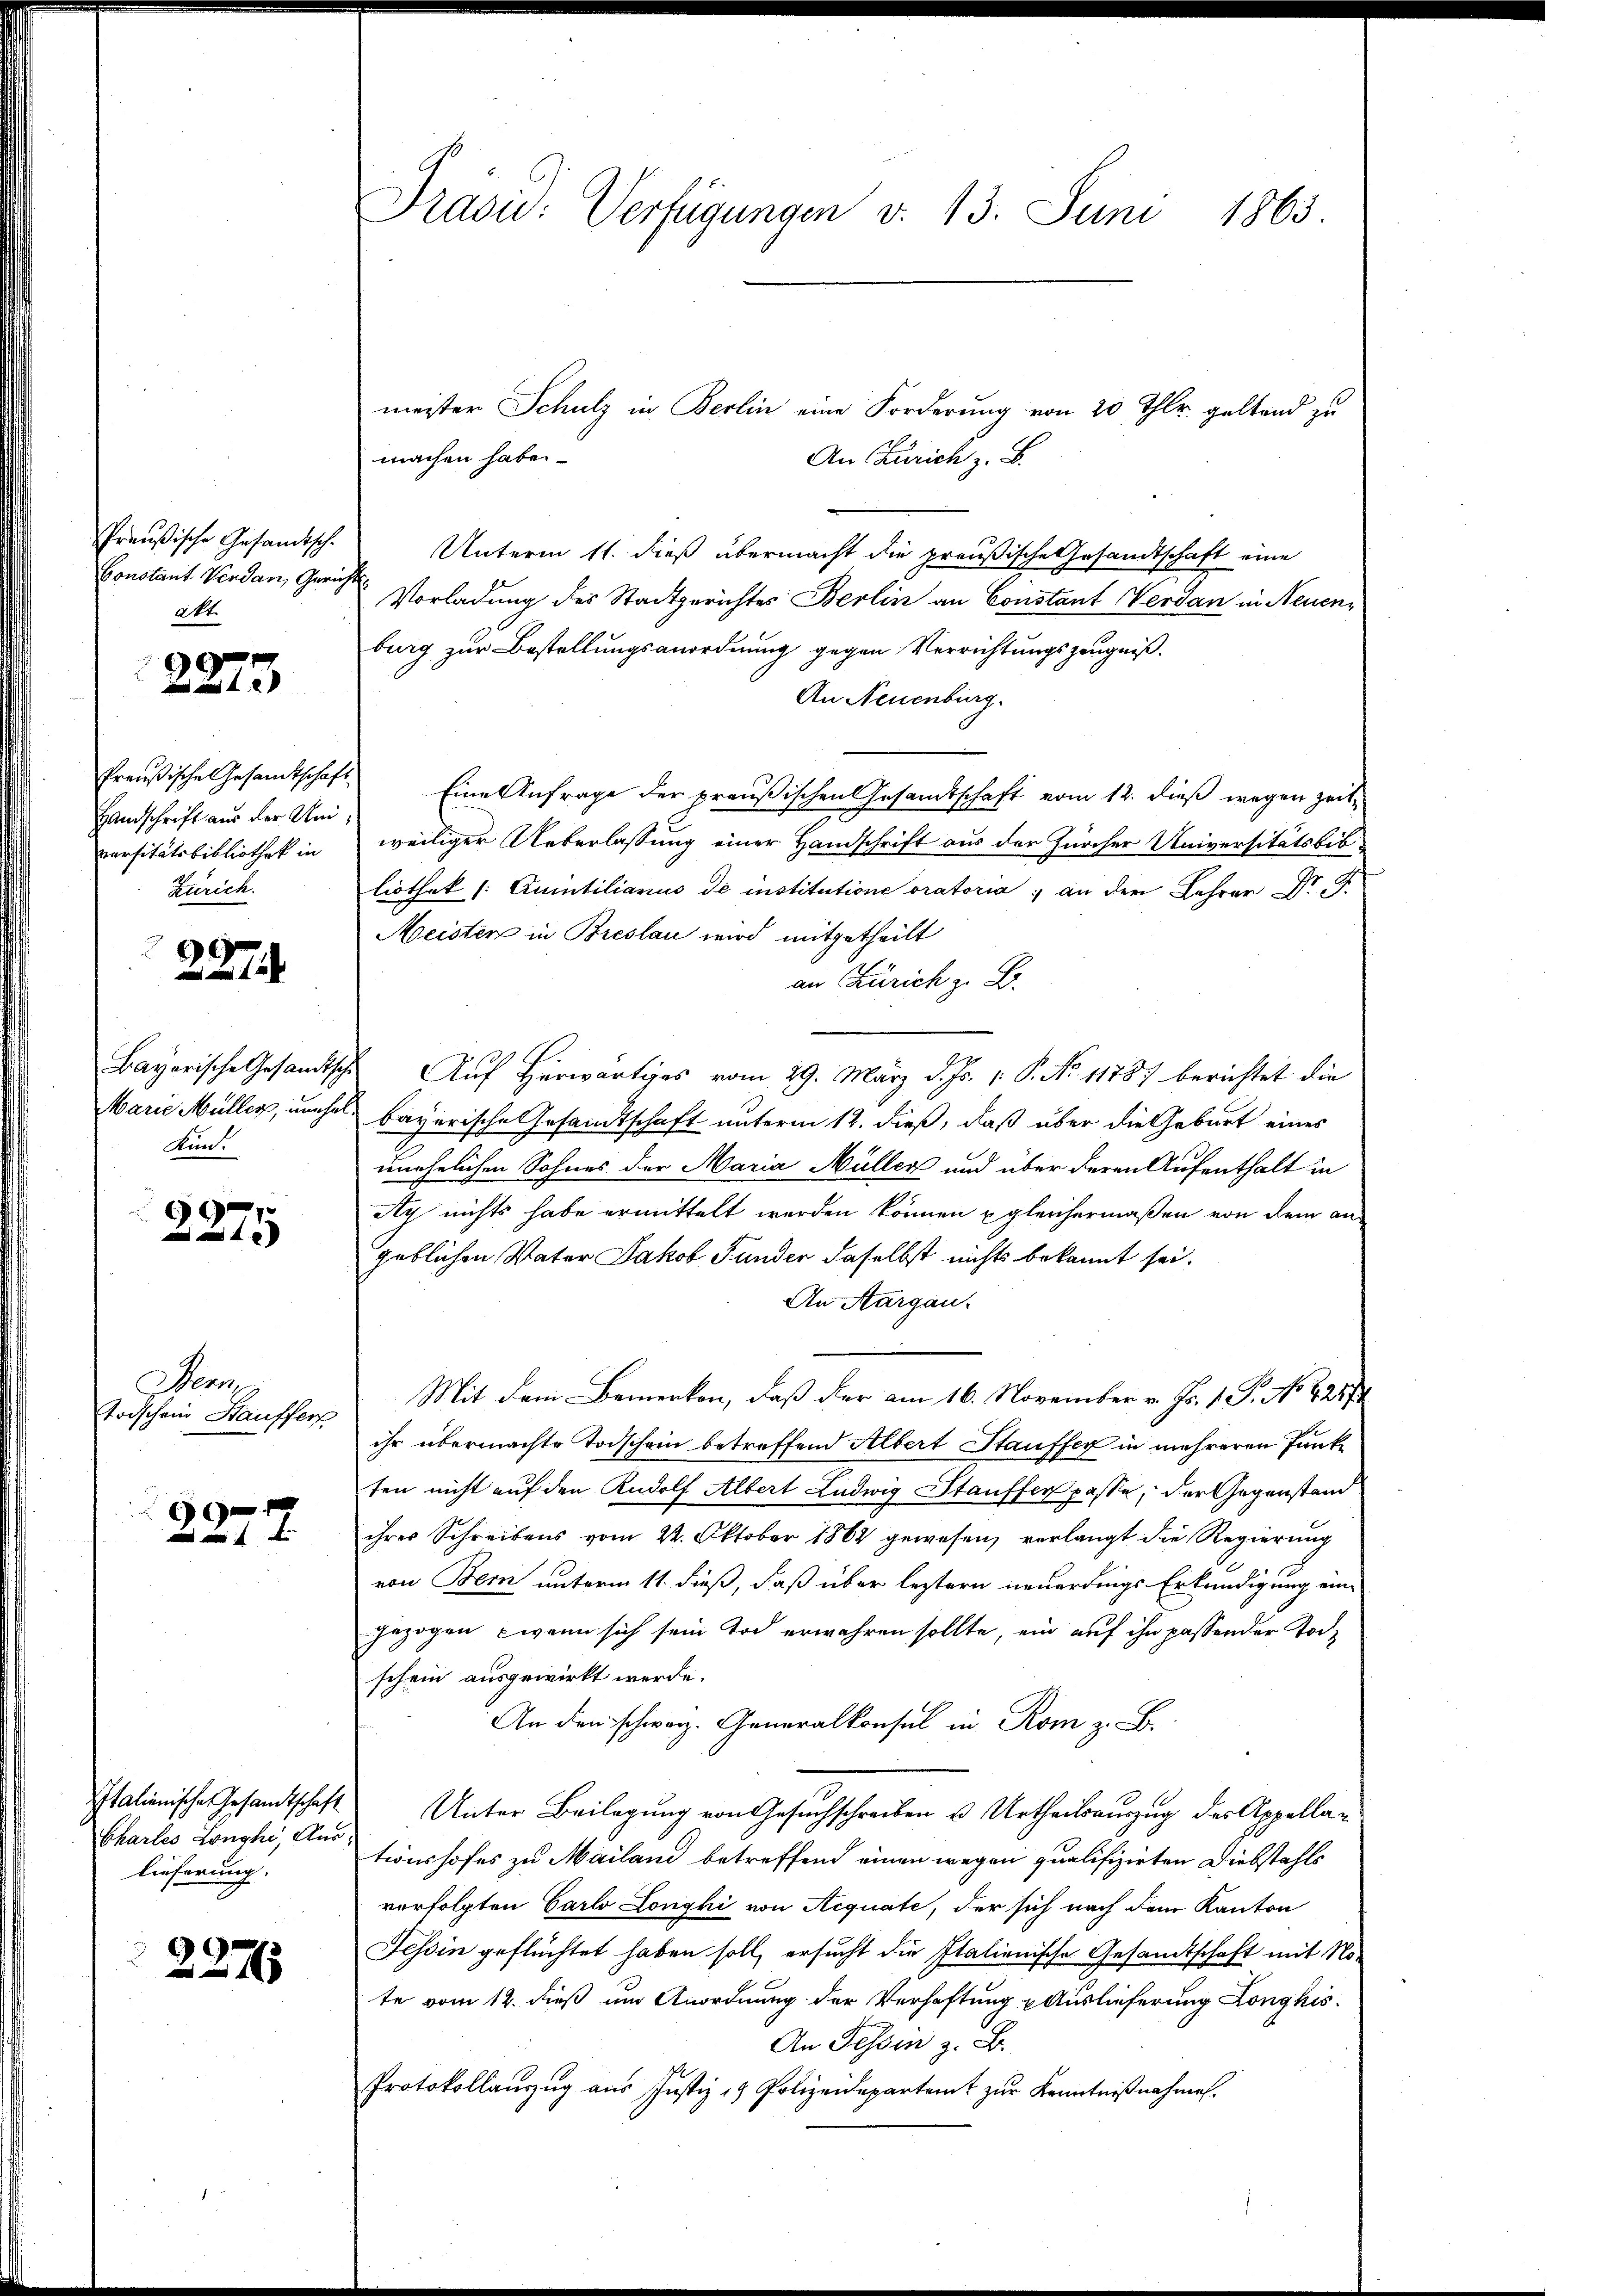
Preußische Gesandtsch.
Constant Verdan, Gericht
Akt.
9

Handschrift aus der Universitätsbibliothek in
Zürich.
2
227

Kunt

2275

Bern
Todschein Hauffers

f

Italienische Gesandtschaft
Chartes Longhi, Aus
lieferung.

2275

Präsid. Verfügungen v. 13. Juni 1863.

meister Schulz in Berlin eine Forderung von 20 Thlr. geltend zu
machen habe.
An Zürich z. B.
Unterm 11. dieß übermacht die preußische Gesandtschaft eine
Vorladung des Stadtgerichtes Berlin an Constant Verdan in Neuenburg zur Bestellungsanordnung gegen Verrichtungszeugniß.
An Neuenburg.
Preußische Gesamtschaft Eine Anfrage der preußischen Gesandtschaft vom 12. dieß wegen zeitweiliger Ueberlassung einer Handschrift aus der Zürcher Universitätsbibliothek (: Quintiliarius de institutione oratoria an der Lehrer Dr. J.
Meister in Breslau wird mitgetheilt
an Zürich z. B.
Bayerische Gesandtische Auf Herwärtiges vom 29. März d. Js. v. P. No. 11787 berichtet die
Marie Müller, umhel, bayerische Gesandtschaft unterm 12. dieß, daß über die Geburt eines
unehelichen Sohnes der Maria Müller und über deren Aufenthalt in
Ay nichts habe ermittelt werden können gleichermaßen von dem an-
geblichen Vater Jakob Funder daselbst nichts bekannt sei.
An Aargau.
Mit dem Bemerken, daß der am 16. November v. Js. 1. P. No. 4289
ihr übermachte Todschein betreffend Albert Stauffer in mehreren Punkten nicht auf den Rudolf Albert Ludwig Stauffer passe, der Gegenstain
ihres Schreibens vom 24. Oktober 1864 gewesen, verlangt die Regierung
von Bern unterm 11. dieß, daß über leztern neuerdings Erkundigung eingezogen, wenn sich sein Tod erwähren sollte, ein auf ihn passender Tochschein ausgewirkt werde.
k in Rom z. B.
Unter Beilagung von Gesuchschreiben u. Urtheilsauszug des Appellationshofes zu Mailand betreffend einen wegen qualifizirten Diebstahls
verfolgten Carlo Longhi von Aequate, der sich nach dem Kanton
Tessin geflüchtet haben soll, ersucht die Italienische Gesandtschaft mit Note vom 12. dieß um Anordnung der Verhaftung & Auslieferung Longhis
An Tessin z. B.
Protokollauszug aus Justiz & Polizeidepartamt zur Kenntnißnahmen.